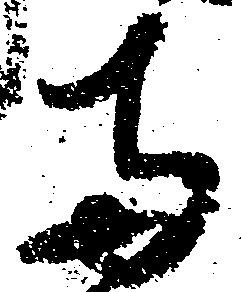
両